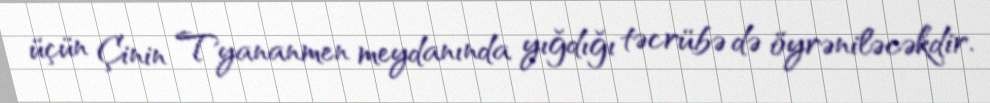
üçün Çinin Tyananmen meydanında yığdığı təcrübə də öyrəniləcəkdir.